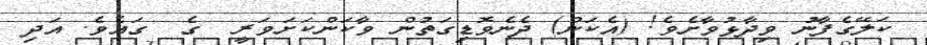
ކަލޭގެފާނު ވިދާޅުވާށެވެ! (އެކަން) ދެނެވޮޑިގަތުން ވާކަންކަށަވަރީ  ގެ  ގައެވެ. އަދި